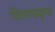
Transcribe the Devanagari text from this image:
विभाण्डकुण्ड